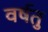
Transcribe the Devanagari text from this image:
वर्षतु